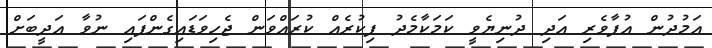
އަމުދުން އުފާވެރި އަދި ދުނިޔެވީ ކަމަކާމެދު ފިކުރެއް ކުރައްވަން ޖެހިވަޑައިގެންފައި ނުވާ އަދީބަށް